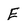
Character: E